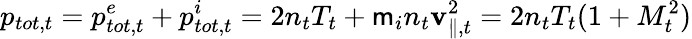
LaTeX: p_{tot,t}=p_{tot,t}^{e}+p_{tot,t}^{i}=2n_{t}T_{t}+\mathsf{m}_{i}n_{t}\mathbf{v}_{\parallel,t}^{2}=2n_{t}T_{t}(1+M_{t}^{2})